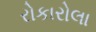
રોકારોલા